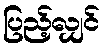
ပြည့်လျှင်